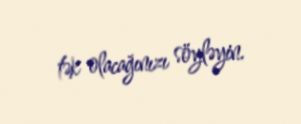
tək olacağınızı söyləyin.